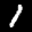
Label: 1